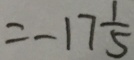
= - 1 7 \frac { 1 } { 5 }